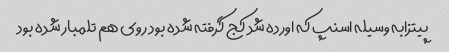
پیتزابه وسیله اسنپ که اورده شد کج گرفته شده بود روی هم تلمبار شده بود